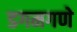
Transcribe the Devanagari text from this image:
डगमगणे